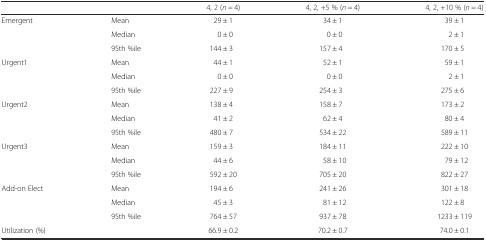
<table><thead><tr><td></td><td></td><td><b>4, 2 (<i>n</i> = 4)</b></td><td><b>4, 2, +5 % (<i>n</i> = 4)</b></td><td><b>4, 2, +10 % (<i>n</i> = 4)</b></td></tr></thead><tbody><tr><td>Emergent</td><td>Mean</td><td>29 ± 1</td><td>34 ± 1</td><td>39 ± 1</td></tr><tr><td></td><td>Median</td><td>0 ± 0</td><td>0 ± 0</td><td>2 ± 1</td></tr><tr><td></td><td>95th %ile</td><td>144 ± 3</td><td>157 ± 4</td><td>170 ± 5</td></tr><tr><td>Urgent1</td><td>Mean</td><td>44 ± 1</td><td>52 ± 1</td><td>59 ± 1</td></tr><tr><td></td><td>Median</td><td>0 ± 0</td><td>0 ± 0</td><td>2 ± 1</td></tr><tr><td></td><td>95th %ile</td><td>227 ± 9</td><td>254 ± 3</td><td>275 ± 6</td></tr><tr><td>Urgent2</td><td>Mean</td><td>138 ± 4</td><td>158 ± 7</td><td>173 ± 2</td></tr><tr><td></td><td>Median</td><td>41 ± 2</td><td>62 ± 4</td><td>80 ± 4</td></tr><tr><td></td><td>95th %ile</td><td>480 ± 7</td><td>534 ± 22</td><td>589 ± 11</td></tr><tr><td>Urgent3</td><td>Mean</td><td>159 ± 3</td><td>184 ± 11</td><td>222 ± 10</td></tr><tr><td></td><td>Median</td><td>44 ± 6</td><td>58 ± 10</td><td>79 ± 12</td></tr><tr><td></td><td>95th %ile</td><td>592 ± 20</td><td>705 ± 20</td><td>822 ± 27</td></tr><tr><td>Add-on Elect</td><td>Mean</td><td>194 ± 6</td><td>241 ± 26</td><td>301 ± 18</td></tr><tr><td></td><td>Median</td><td>45 ± 3</td><td>81 ± 12</td><td>122 ± 8</td></tr><tr><td></td><td>95th %ile</td><td>764 ± 57</td><td>937 ± 78</td><td>1233 ± 119</td></tr><tr><td>Utilization (%)</td><td></td><td>66.9 ± 0.2</td><td>70.2 ± 0.7</td><td>74.0 ± 0.1</td></tr></tbody></table>